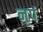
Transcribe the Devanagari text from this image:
नृपं